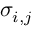
\sigma _ { i , j }